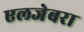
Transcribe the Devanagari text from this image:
एलजेबरा